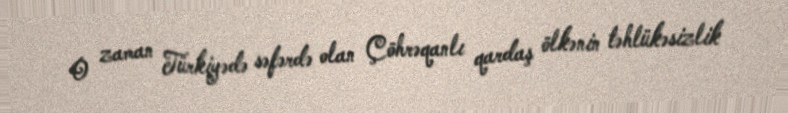
O zaman Türkiyədə səfərdə olan Çöhrəqanlı qardaş ölkənin təhlükəsizlik